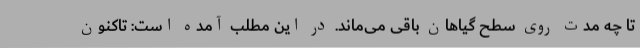
تا چه مدت روی سطح گیاهان باقی می‌ماند. در این مطلب آمده است: تاکنون